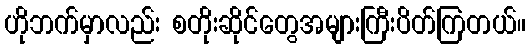
ဟိုဘက်မှာလည်း စတိုးဆိုင်တွေအများကြီးပိတ်ကြတယ်။